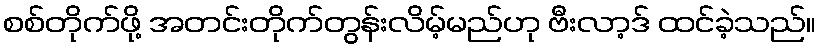
စစ်တိုက်ဖို့ အတင်းတိုက်တွန်းလိမ့်မည်ဟု ဗီးလာ့ဒ် ထင်ခဲ့သည်။